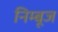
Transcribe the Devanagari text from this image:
निम्बूज